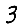
Digit: 3